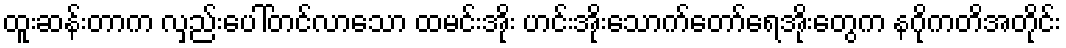
ထူးဆန်းတာက လှည်းပေါ်တင်လာသော ထမင်းအိုး ဟင်းအိုးသောက်တော်ရေအိုးတွေက နဂိုကတိအတိုင်း